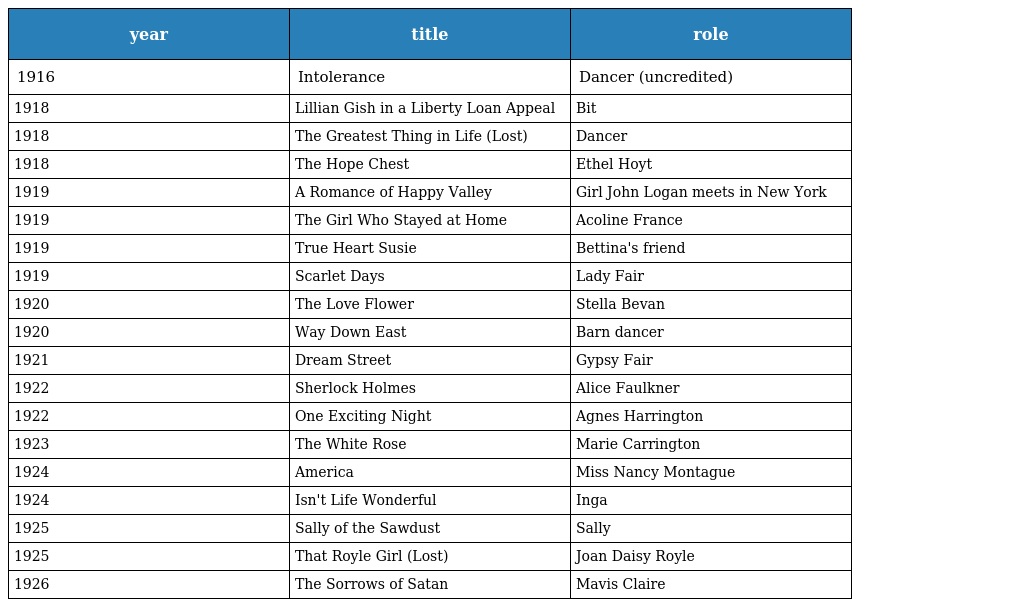
| year | title | role |
 | --- | --- | --- |
 | 1916 | Intolerance | Dancer (uncredited) |
 | 1918 | Lillian Gish in a Liberty Loan Appeal | Bit |
 | 1918 | The Greatest Thing in Life (Lost) | Dancer |
 | 1918 | The Hope Chest | Ethel Hoyt |
 | 1919 | A Romance of Happy Valley | Girl John Logan meets in New York |
 | 1919 | The Girl Who Stayed at Home | Acoline France |
 | 1919 | True Heart Susie | Bettina's friend |
 | 1919 | Scarlet Days | Lady Fair |
 | 1920 | The Love Flower | Stella Bevan |
 | 1920 | Way Down East | Barn dancer |
 | 1921 | Dream Street | Gypsy Fair |
 | 1922 | Sherlock Holmes | Alice Faulkner |
 | 1922 | One Exciting Night | Agnes Harrington |
 | 1923 | The White Rose | Marie Carrington |
 | 1924 | America | Miss Nancy Montague |
 | 1924 | Isn't Life Wonderful | Inga |
 | 1925 | Sally of the Sawdust | Sally |
 | 1925 | That Royle Girl (Lost) | Joan Daisy Royle |
 | 1926 | The Sorrows of Satan | Mavis Claire |